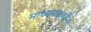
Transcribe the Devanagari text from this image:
माध्यमकर्मीना